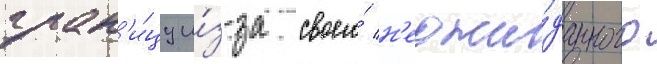
гран'и́цу и́з-за своего́ н'еожи́данного